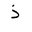
Letter: _thal